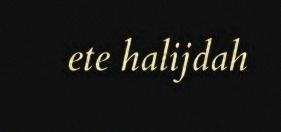
ete halijdah